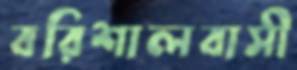
বরিশালবাসী